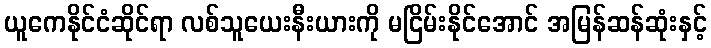
ယူကေနိုင်ငံဆိုင်ရာ လစ်သူယေးနီးယားကို မငြိမ်းနိုင်အောင် အမြန်ဆန်ဆုံးနှင့်